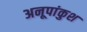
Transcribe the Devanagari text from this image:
अनूपांकुश